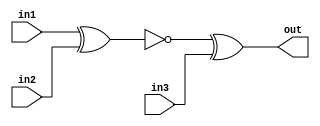
module top_module (
    input in1,
    input in2,
    input in3,
    output out);
    wire a;
    assign a = ~(in1^in2);
    assign out = a^in3;

endmodule